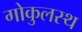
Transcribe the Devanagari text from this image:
गोकुलस्थ